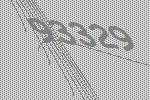
93329